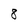
Character: 8